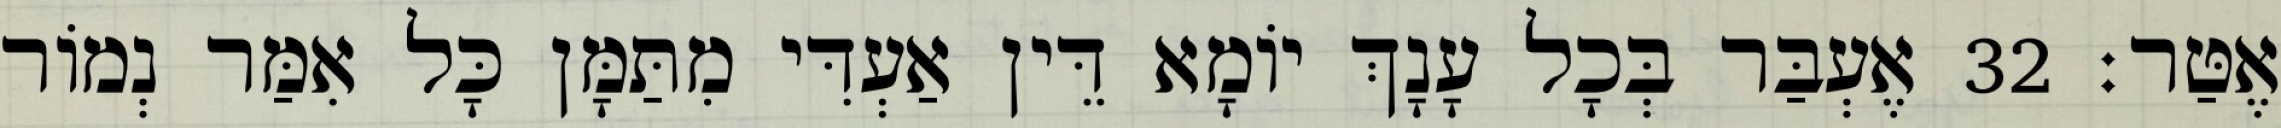
אֶטַּר׃ 32 אֶעְבַּר בְּכָל עָנָךְ יוֹמָא דֵּין אַעְדִּי מִתַּמָּן כָּל אִמַּר נְמוֹר